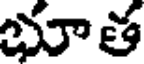
భూత